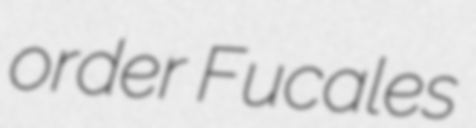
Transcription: order Fucales